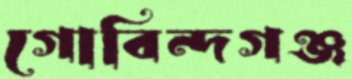
গোবিন্দগঞ্জ